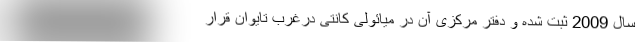
سال 2009 ثبت شده و دفتر مرکزی آن در میائولی کانتی درغرب تایوان قرار